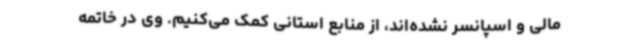
مالی و اسپانسر نشده‌اند، از منابع استانی کمک می‌کنیم. وی در خاتمه